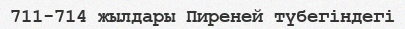
711-714 жылдары Пиреней түбегіндегі